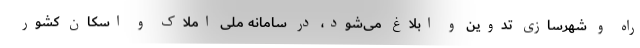
راه و شهرسازی تدوین و ابلاغ می‌شود، در سامانه ملی املاک و اسکان کشور